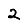
Digit: 2